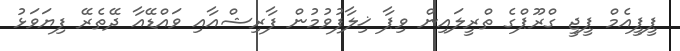
ޕީޕީއެމް ޕީޖީ ގްރޫޕްގެ ތްރީލައިން ވިޕާ ޚިލާފުވުމުން ފާރިޝްއާއި ވައްޑޭއާ ދޭތެރޭ ފިޔަވަޅު